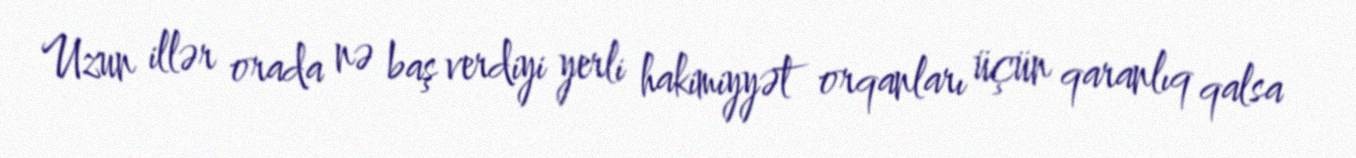
Uzun illər orada nə baş verdiyi yerli hakimiyyət orqanları üçün qaranlıq qalsa